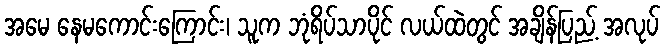
အမေ နေမကောင်းကြောင်း၊ သူက ဘုံရိပ်သာပိုင် လယ်ထဲတွင် အချိန်ပြည့် အလုပ်